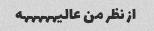
از نظر من عالیهههههه